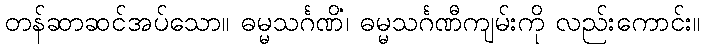
တန်ဆာဆင်အပ်သော။ ဓမ္မသင်္ဂဏိံ၊ ဓမ္မသင်္ဂဏီကျမ်းကို လည်းကောင်း။